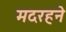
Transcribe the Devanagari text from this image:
मदरहने